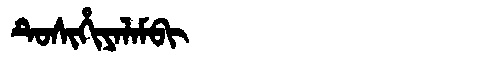
Manchu: ᡨᡠᠰᡳᡥᡳᠶᠠᠯᠠᠮᠪᡳ
Romanization: TUSIHIYALAMBI